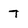
Character: 7